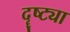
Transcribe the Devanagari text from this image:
दॄष्ट्या